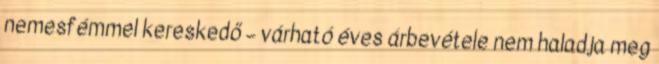
nemesfémmel kereskedő – várható éves árbevétele nem haladja meg